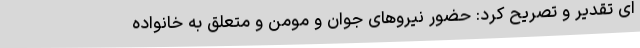
ای تقدیر و تصریح کرد: حضور نیروهای جوان و مومن و متعلق به خانواده